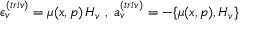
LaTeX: \epsilon _ { v } ^ { ( t r i v ) } = \mu ( x , p ) \, H _ { v } \; , \; a _ { v } ^ { ( t r i v ) } = - \{ \mu ( x , p ) , H _ { v } \}